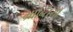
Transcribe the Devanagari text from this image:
भ्रान्तियाँ